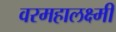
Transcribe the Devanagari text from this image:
वरमहालक्ष्मी